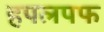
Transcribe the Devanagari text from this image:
हपलपफ